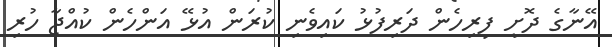
އޭނާގެ ދޮށީ ފިރިހެން ދަރިފުޅު ކައިވެނި ކުރަން އުޅޭ އަންހެން ކުއްޖާ ހުރި